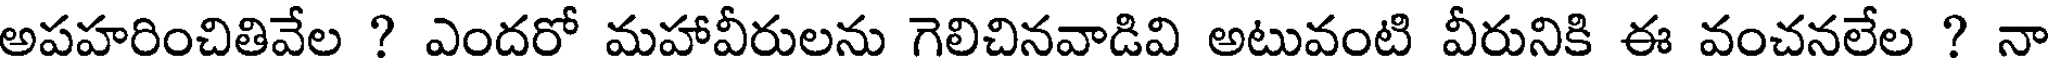
అపహరించితివేల ? ఎందరో మహావీరులను గెలిచినవాడివి అటువంటి వీరునికి ఈ వంచనలేల ? నా